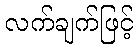
လက်ချက်ဖြင့်